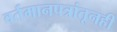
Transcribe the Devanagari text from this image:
वर्तमानपत्रांतूनही